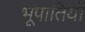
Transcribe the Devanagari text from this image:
भूपातियों